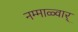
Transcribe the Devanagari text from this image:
नम्माळ्वार्